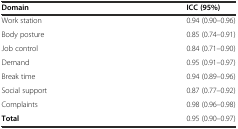
<table><thead><tr><td><b>Domain</b></td><td><b>ICC (95%)</b></td></tr></thead><tbody><tr><td>Work station</td><td>0.94 (0.90–0.96)</td></tr><tr><td>Body posture</td><td>0.85 (0.74–0.91)</td></tr><tr><td>Job control</td><td>0.84 (0.71–0.90)</td></tr><tr><td>Demand</td><td>0.95 (0.91–0.97)</td></tr><tr><td>Break time</td><td>0.94 (0.89–0.96)</td></tr><tr><td>Social support</td><td>0.87 (0.77–0.92)</td></tr><tr><td>Complaints</td><td>0.98 (0.96–0.98)</td></tr><tr><td><b>Total</b></td><td>0.95 (0.90–0.97)</td></tr></tbody></table>